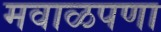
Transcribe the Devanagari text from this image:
मवाळपणा